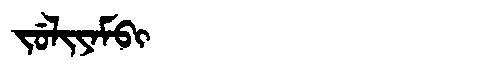
Manchu: ᠵᡠᠯᡳᠶᠠᠮᠪᡳ
Romanization: JULIYAMBI